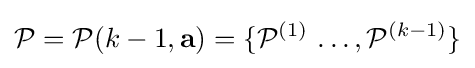
{\mathcal {P}}={\mathcal {P}}(k-1,\mathbf {a} )=\{{\mathcal {P}}^{(1)}\,\ldots ,{\mathcal {P}}^{(k-1)}\}